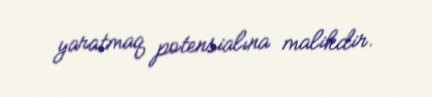
yaratmaq potensialına malikdir.